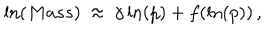
LaTeX: \ln ( M a s s ) \: \approx \: \gamma \ln ( p ) + f ( \ln ( p ) ) \, ,